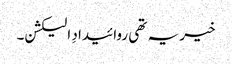
خیر یہ تھی روائیدادِ الیکشن۔